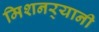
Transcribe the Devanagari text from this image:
मिशनर्‍यानी